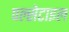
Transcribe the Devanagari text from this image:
पल्सेटाइल